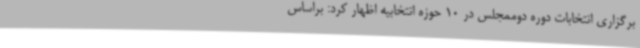
برگزاری انتخابات دوره دوممجلس در 10 حوزه انتخابیه اظهار کرد: براساس